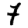
Digit: 7